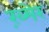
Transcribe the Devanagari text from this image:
ख़्मेर